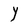
Character: Y